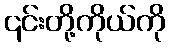
၎င်းတို့ကိုယ်ကို